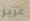
عزيز